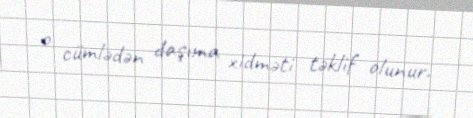
o cümlədən daşıma xidməti təklif olunur.